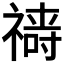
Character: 𱵧